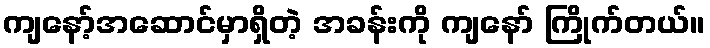
ကျနော့်အဆောင်မှာရှိတဲ့ အခန်းကို ကျနော် ကြိုက်တယ်။